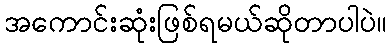
အကောင်းဆုံးဖြစ်ရမယ်ဆိုတာပါပဲ။